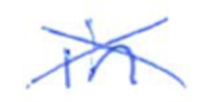
Text: in
Cross-out: cross
Writing tool: ballpoint